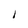
Character: I